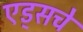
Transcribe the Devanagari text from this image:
एड्‌सचे